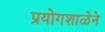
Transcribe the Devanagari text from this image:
प्रयोगशाळेने